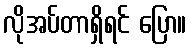
လိုအပ်တာရှိရင် ပြော။